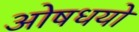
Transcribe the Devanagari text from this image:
ओषधयो